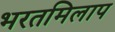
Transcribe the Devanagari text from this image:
भरतमिलाप